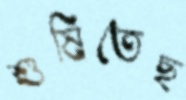
শুষিতেছ